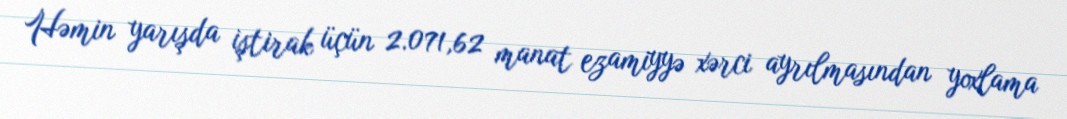
Həmin yarışda iştirak üçün 2.071,62 manat ezamiyyə xərci ayrılmasından yoxlama